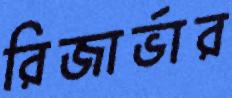
রিজার্ভার